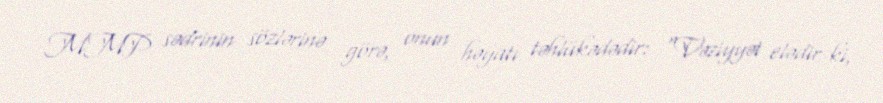
MMP sədrinin sözlərinə görə, onun həyatı təhlükədədir: “Vəziyyət elədir ki,